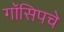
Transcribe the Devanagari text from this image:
गॉसिपचे